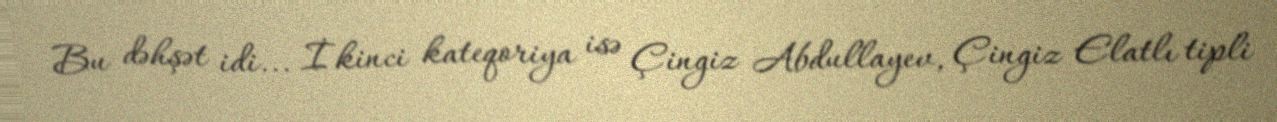
Bu dəhşət idi... İkinci kateqoriya isə Çingiz Abdullayev, Çingiz Elatlı tipli